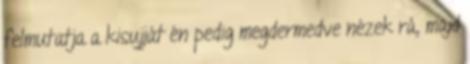
felmutatja a kisujját én pedig megdermedve nézek rá, majd